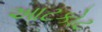
આટકોટ